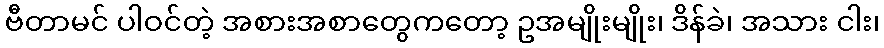
ဗီတာမင် ပါဝင်တဲ့ အစားအစာတွေကတော့ ဥအမျိုးမျိုး၊ ဒိန်ခဲ၊ အသား ငါး၊